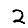
Digit: 2